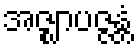
အဇ္ဈာပဇ္ဇန္တံ